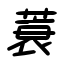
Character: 蓑